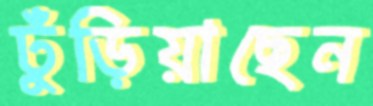
ঢুঁড়িয়াছেন